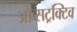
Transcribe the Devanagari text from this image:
ओब्सट्रक्टिव